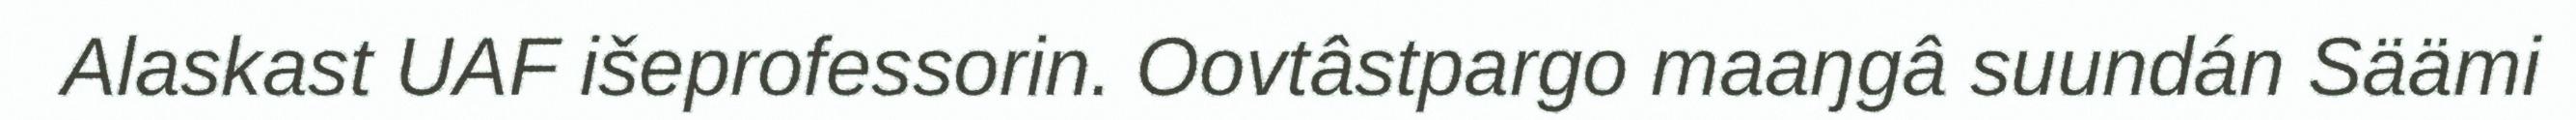
Alaskast UAF išeprofessorin. Oovtâstpargo maaŋgâ suundán Säämi